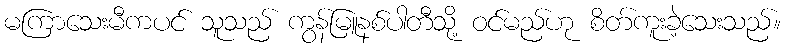
မကြာသေးမီကပင် သူသည် ကွန်မြူနစ်ပါတီသို့ ဝင်မည်ဟု စိတ်ကူးခဲ့သေးသည်။